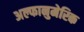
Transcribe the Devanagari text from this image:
अल्फानुमेरिक